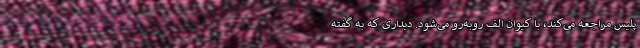
پلیس مراجعه می‌کند، با کیوان الف روبه‌رو می‌شود. دیداری که به گفته‌